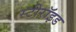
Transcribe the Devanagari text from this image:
स्टीरॉइड